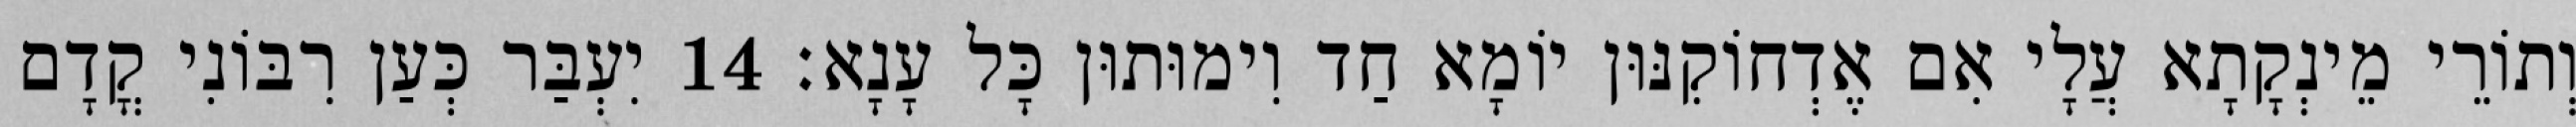
וְתוֹרֵי מֵינְקָתָא עֲלָי אִם אֶדְחוֹקִנּוּן יוֹמָא חַד וִימוּתוּן כָּל עָנָא׃ 14 יִעְבַּר כְּעַן רִבּוֹנִי קֳדָם